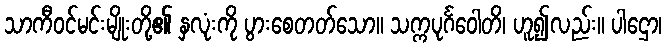
သာကီဝင်မင်းမျိုးတို့၏ နှလုံးကို ပွားစေတတ်သော။ သက္ကပုင်္ဂဝေါတိ၊ ဟူ၍လည်း။ ပါဌော၊